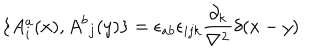
\{ { A _ { i } ^ { a } } ( x ) , { A ^ { b } } _ { j } ( y ) \} = { \epsilon _ { a b } } { \epsilon _ { i j k } } { \frac { \partial _ { k } } { \bf \nabla ^ { 2 } } } \delta ( x - y )